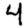
Digit: 4